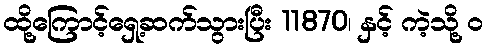
ထို့ကြောင့်ရှေ့ဆက်သွားပြီး 11870၊ နှင့် ကဲ့သို့ ၀